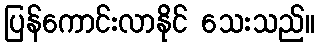
ပြန်ကောင်းလာနိုင် သေးသည်။